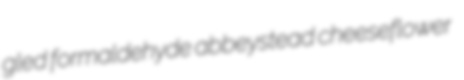
gled formaldehyde abbeystead cheeseflower